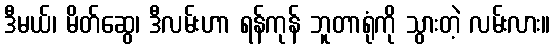
ဒီမယ်၊ မိတ်ဆွေ၊ ဒီလမ်းဟာ ရန်ကုန် ဘူတာရုံကို သွားတဲ့ လမ်းလား။